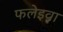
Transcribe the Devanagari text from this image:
फलेइवा